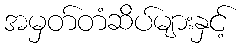
အမှတ်တံဆိပ်များနှင့်